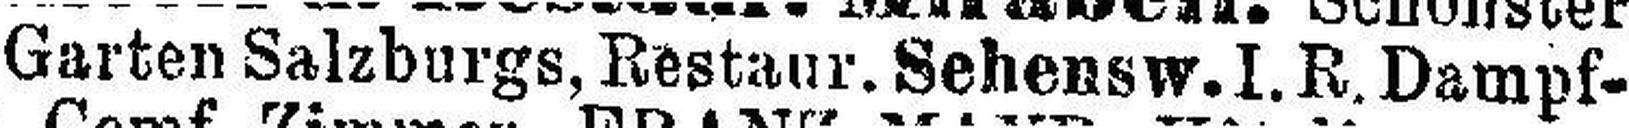
Garten Salzburgs, Restaur. Sehensw.I.R. Dampf¬